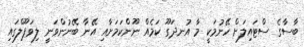
ބާސާގެ ސްޓައިލަށް ހޭނުމަކީ މާ އުނދަގޫ ކަމެއް ނޫންކަމަށާއި އޭނާ ބޭނުންވަނީ ލިވަޕޫލްގައި